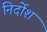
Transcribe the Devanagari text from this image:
निर्दोश